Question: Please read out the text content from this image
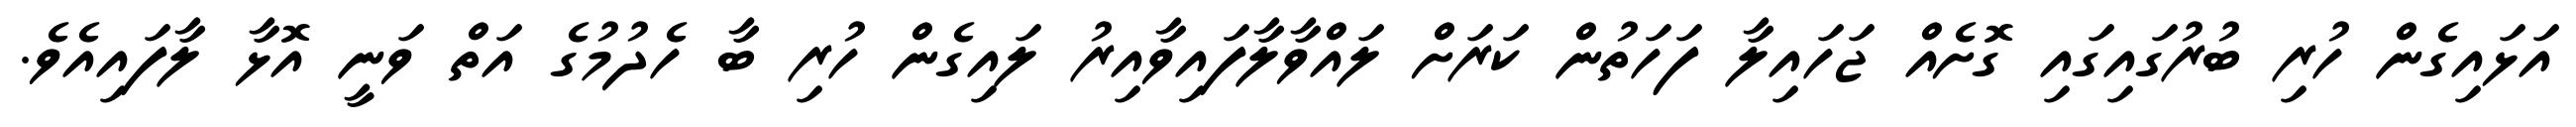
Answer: އަޅައިގެން ހުރި ބުރުގައިގައި ގޮށެއް ޖަހައިލާ ފަހަތުން ކަރަށް ލައްވާލާފައިވާއިރު ލައިގެން ހުރި ބާ ހެދުމުގެ އަތް ވަނީ އޮޅާ ލާފައިއެވެ.